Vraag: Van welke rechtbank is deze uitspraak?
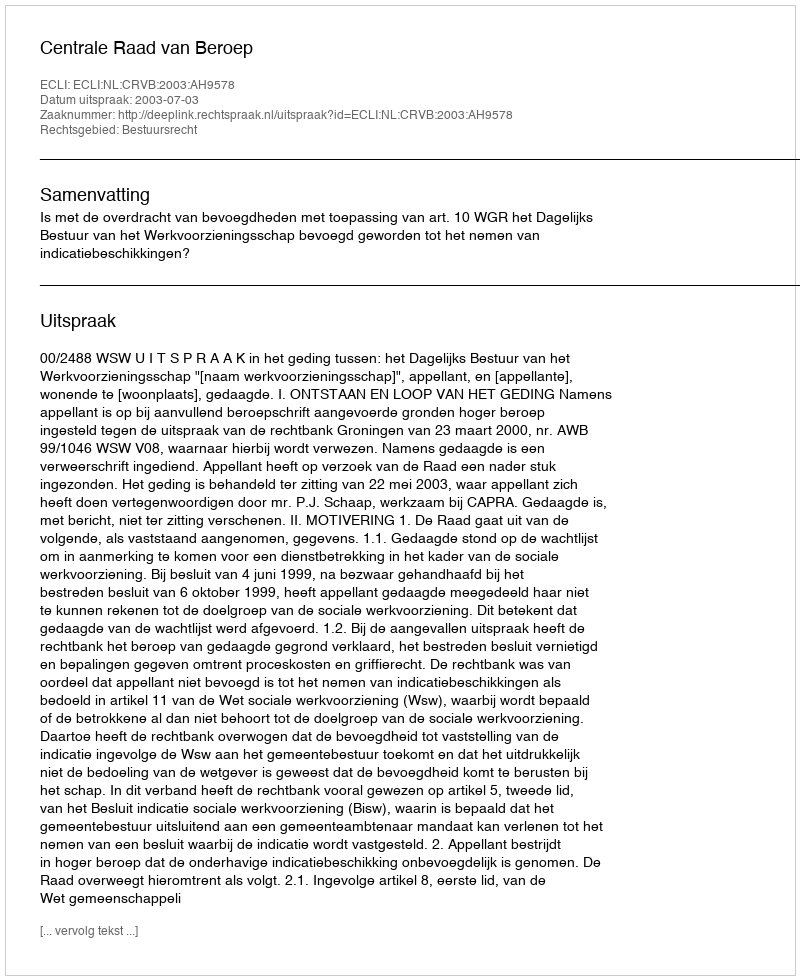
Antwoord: Centrale Raad van Beroep